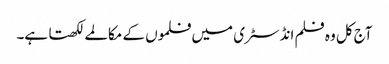
آج کل و ہ فلم انڈسٹری میں فلموں کے مکالمے لکھتا ہے۔